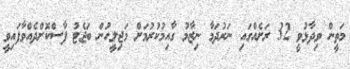
މަތީން ވިދާޅުވީ 32 ރަށެއްގައި ނަރުދަމާ ނިޒާމު ގާއިމުކުރުމަށް މަޖިލީހުން ބަޖެޓު ފާސްކޮށްދެއްވާފައިވީ